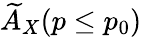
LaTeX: \widetilde{A}_{X}(p\leq p_{0})